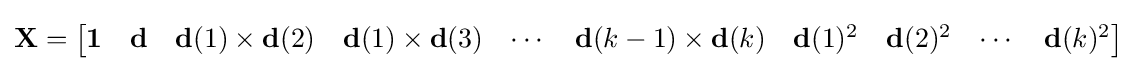
\mathbf {X} ={\begin{bmatrix}\mathbf {1} &\mathbf {d} &\mathbf {d} (1)\times \mathbf {d} (2)&\mathbf {d} (1)\times \mathbf {d} (3)&\cdots &\mathbf {d} (k-1)\times \mathbf {d} (k)&\mathbf {d} (1)^{2}&\mathbf {d} (2)^{2}&\cdots &\mathbf {d} (k)^{2}\end{bmatrix}}